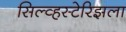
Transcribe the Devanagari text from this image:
सिल्व्हस्टेरिझला